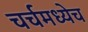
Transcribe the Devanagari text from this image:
चर्चमध्येच